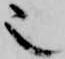
也